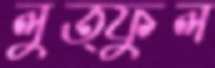
লুত্ফুল